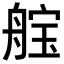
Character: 𮎓